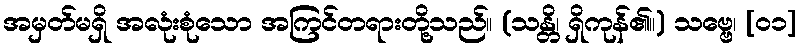
အမှတ်မရှိ အလုံးစုံသော အကြင်တရားတို့သည်။ (သန္တိ၊ ရှိကုန်၏။) သဗ္ဗေ၊ [၀၁]